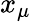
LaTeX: x_{\mu}